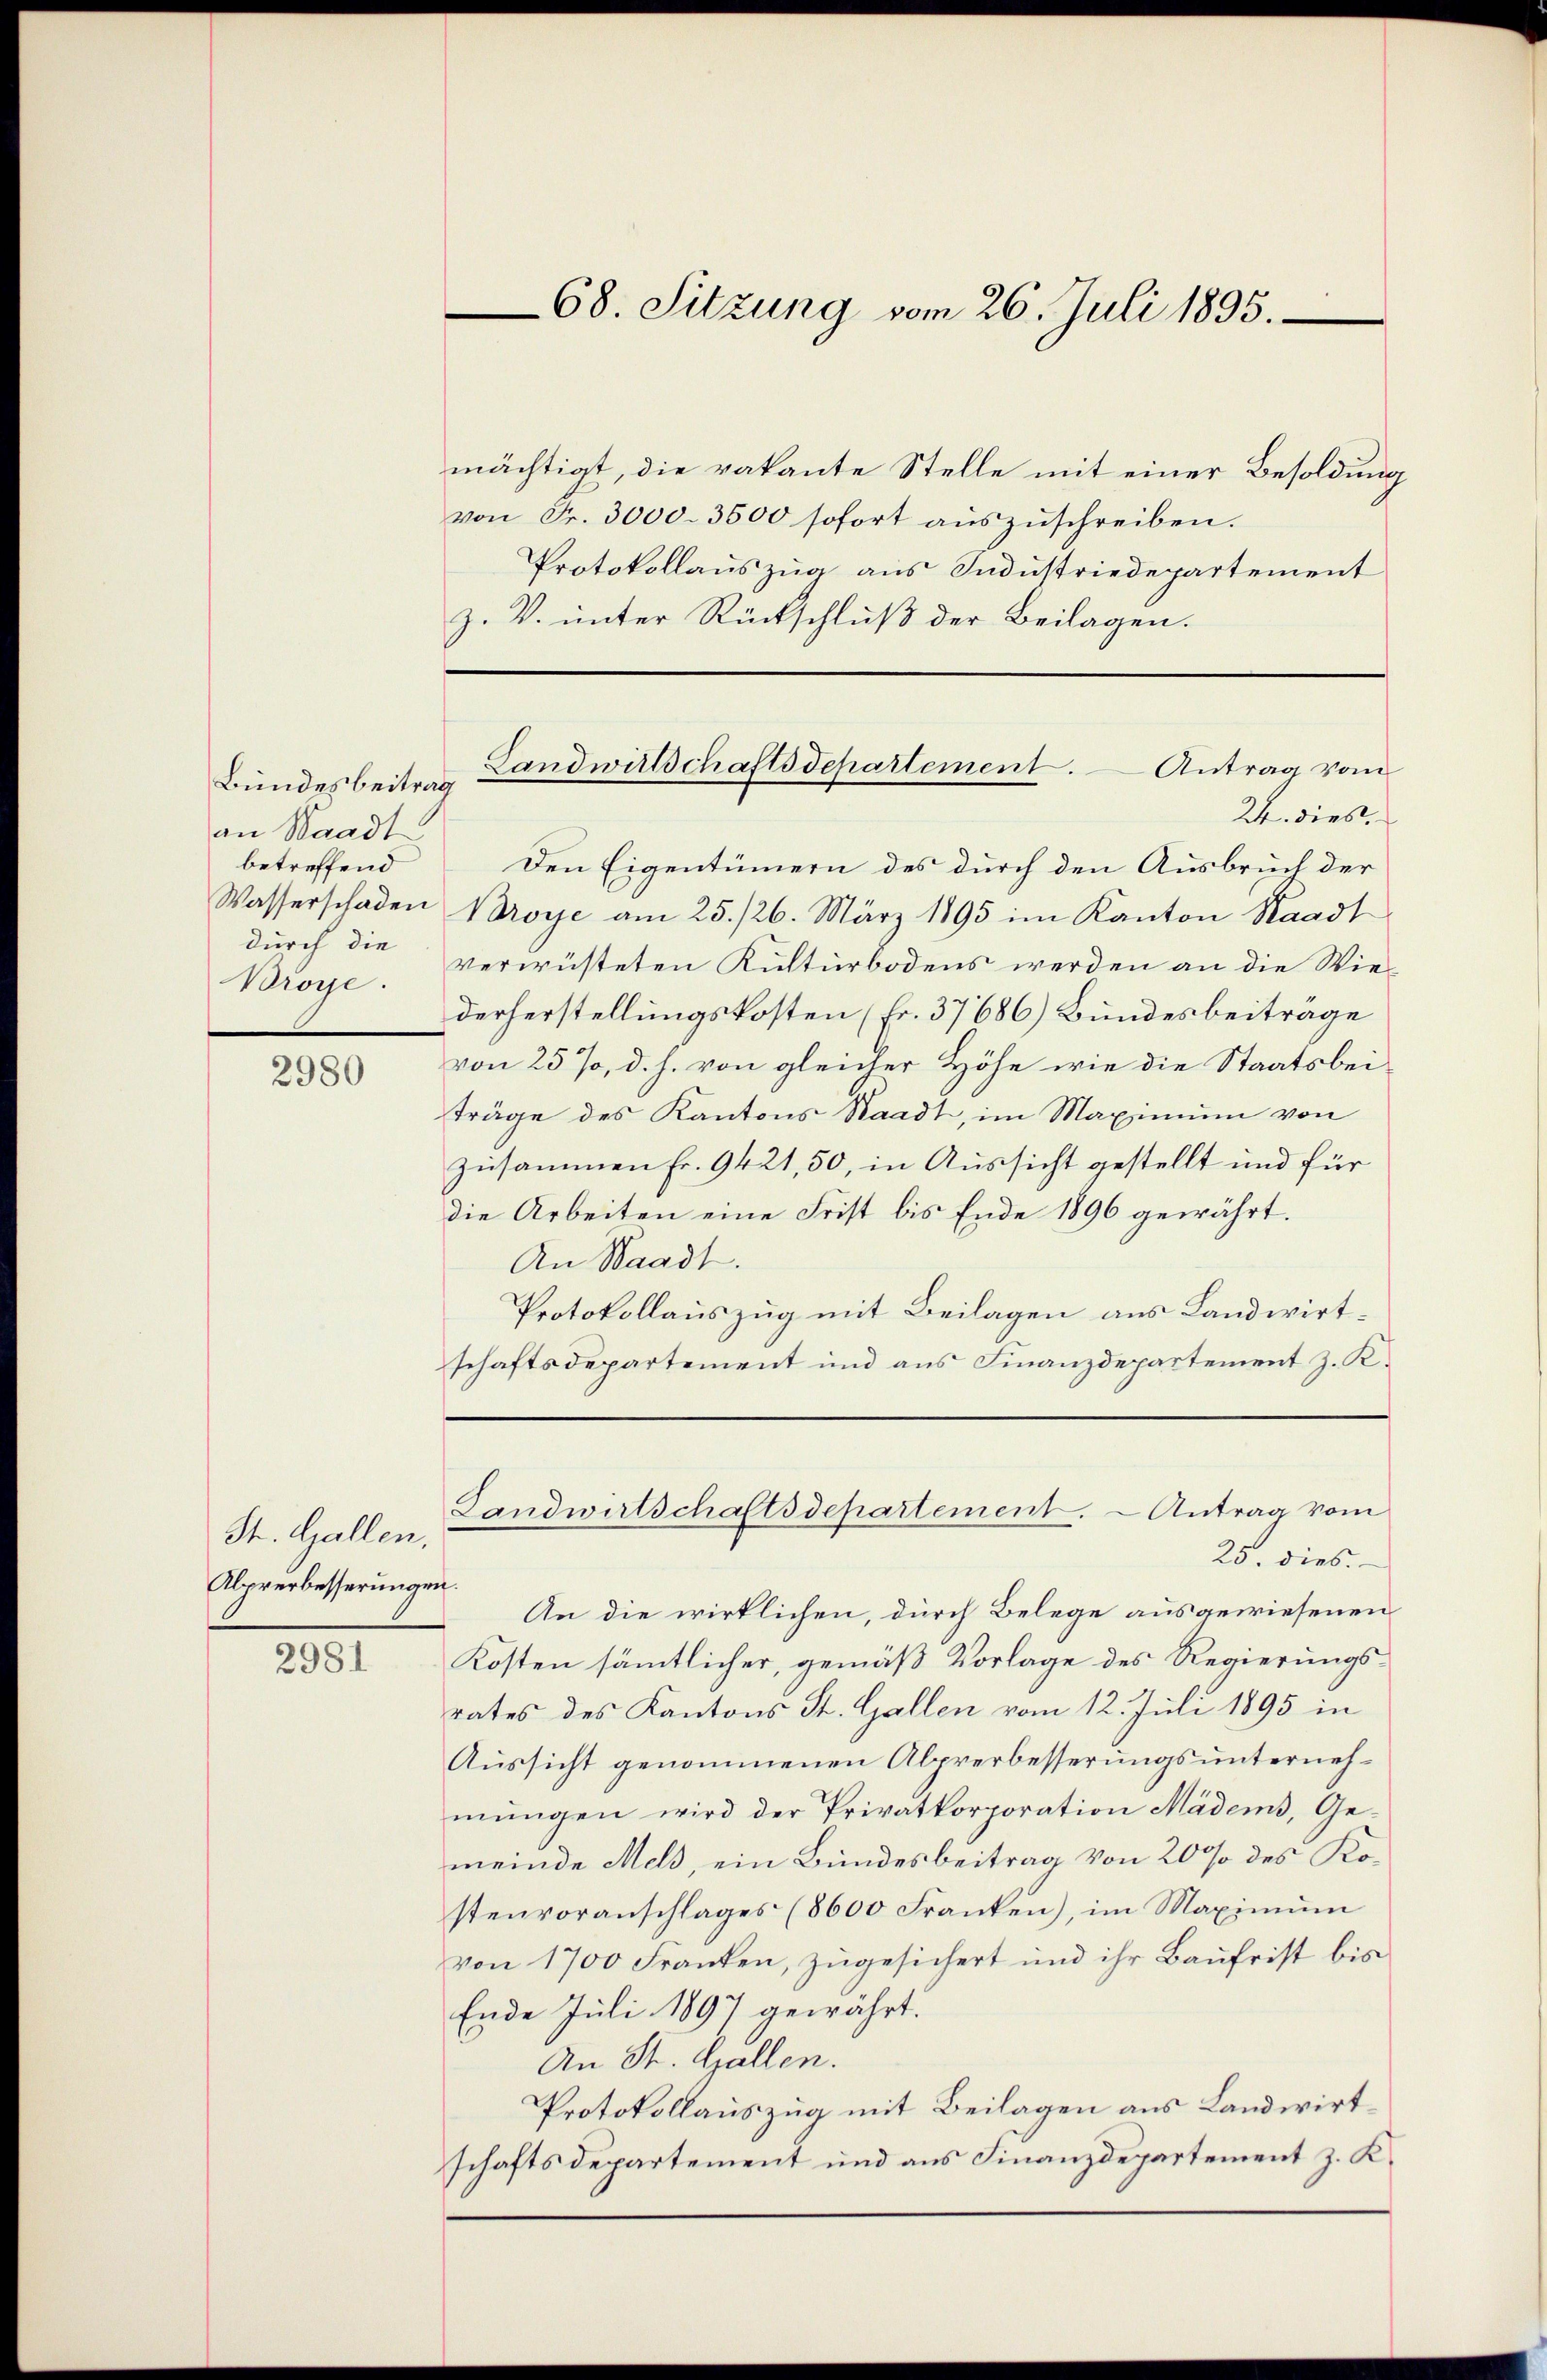
Bundesbeitrag
an Waadt
betreffend
durch die
Broye.

2980

St. Gallen,
Alprerbesserungen.

2981

mächtigt, die vakante Stelle mit einer Besoldung
von Fr. 3000. 3500 sofort auszuschreiben.
Protokollauszug aus Industriedepartement
Z. V. unter Rückschluß der Beilagen.
24. dies
Den Eigentümern des durch den Ausbruch der
Wasserschaden Proye am 25./26. März 1895 im Kanton Kaadt
verwüsteten Kulturbodens werden an die Wiederherstellungskosten (Fr. 37686) Bundesbeiträge
von 25%, d. h. von gleicher Höhe wie die Staatsbeiträge des Kantons Staadt, im Maximum von
zusammen fr. 9421, 50, in Aussicht gestellt und für
die Arbeiten eine Frist bis Ende 1896 gewährt.
An Waadt.
Protokollauszug mit Beilagen aus Landwirtschaftsdepartement und aus Finanzdepartement z. K.

68. Sitzung vom 26. Juli 1895.

Landwirtschaftsdepartement.
Antrag vom

Landwirtschaftsdepartement. Antrag vom

25. dies.
An die wirklichen, durch Belege ausgewiesenen
Kosten sämmtlicher, gemäß Vorlage des Regierungsrates des Kantons St. Gallen vom 12. Juli 1895 in
Aussicht genommenen Alprerbesserungsunternehmŭngen wird der Privatkorporation Mädens, Ge-
meinde Meld, ein Bundesbeitrag von 20 % des Kostenvoranschlages (8600 Franken), im Maximŭm
von 1700 Franken, zŭgesichert und ihr Baŭfrist bis
Ende Juli 1897 gewährt.
An St. Gallen.
Protokollauszug mit Beilagen aus Landwirtschaftsdepartement und aus Finanzdepartement z. K.